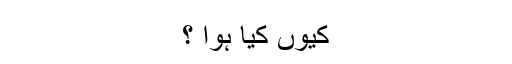
کیوں کیا ہوا ؟